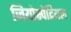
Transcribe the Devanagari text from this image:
जियोस्पेटियल